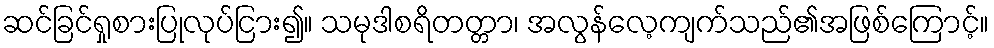
ဆင်ခြင်ရှုစားပြုလုပ်ငြား၍။ သမုဒါစရိတတ္တာ၊ အလွန်လေ့ကျက်သည်၏အဖြစ်ကြောင့်။